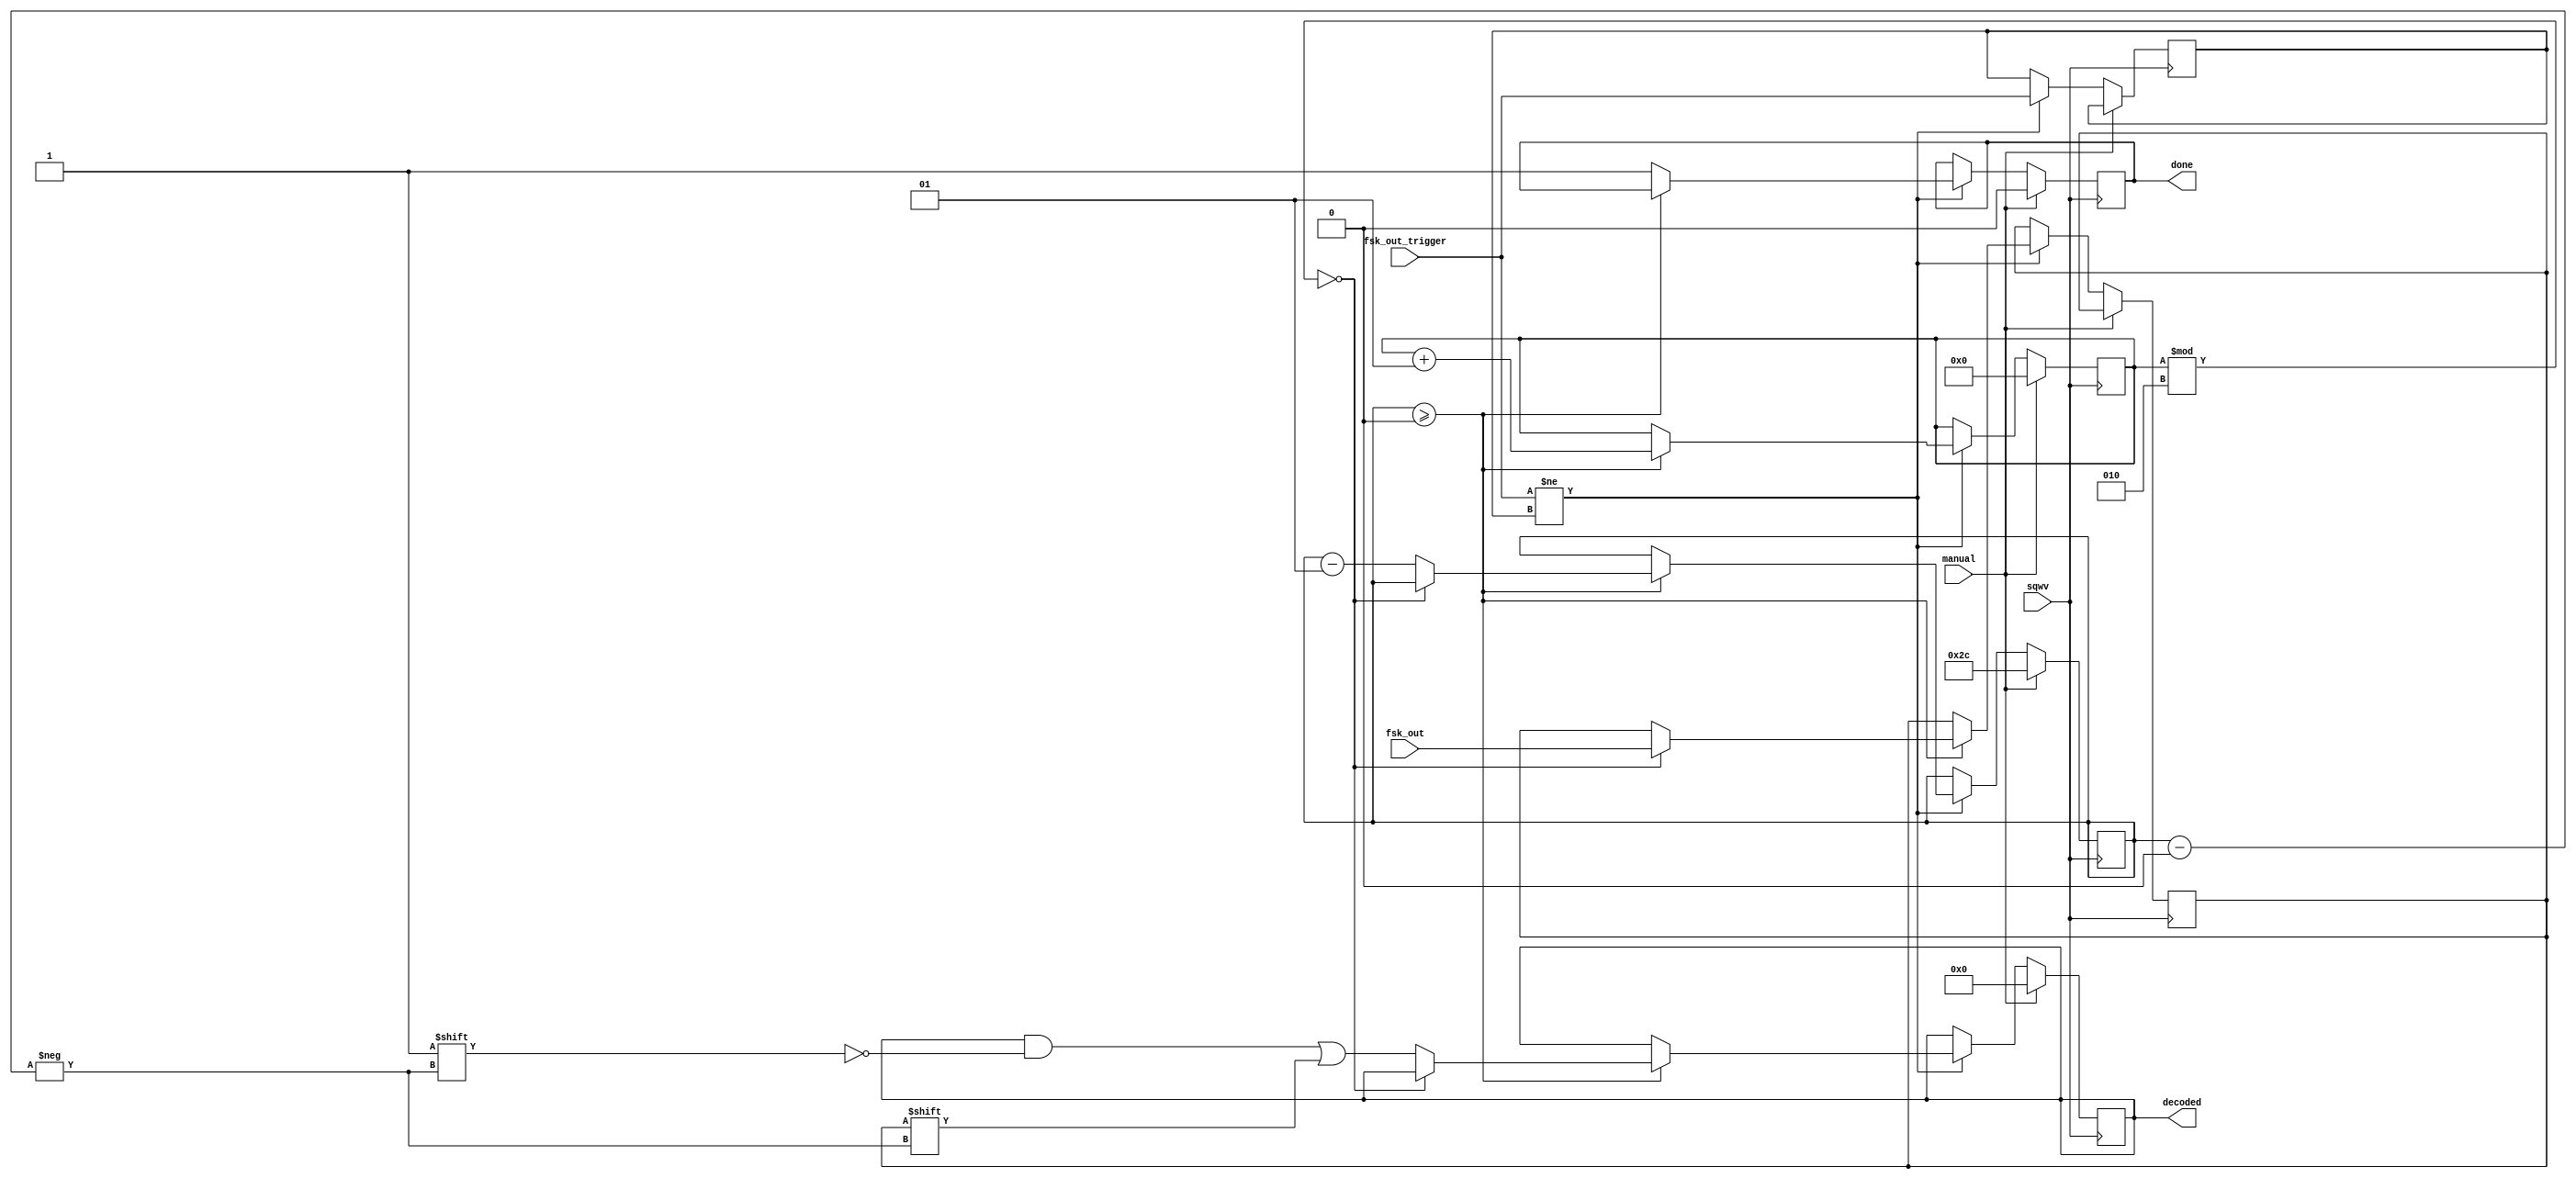
module mchester_decode(
	 input sqwv,
    input fsk_out_trigger,
    input fsk_out,
	 input manual,
    output reg [44:0] decoded,
	 output reg done
	 );

	reg prev_trig;
	integer bits_rcvd;
	integer bits_left;
	reg odd_bit, even_bit;
	
	initial begin
		bits_rcvd = 0;
		bits_left = 44;
		decoded = 0;
		done = 0;
	end
	
	always @(posedge sqwv) begin
		if (manual == 1) begin
			bits_rcvd <= 0;
			bits_left <= 44;
			decoded <= 0;
			done <= 0;
		end
		else if (fsk_out_trigger != prev_trig) begin
			if (bits_left >= 0) begin
				if (bits_rcvd % 2 == 0) begin
					even_bit <= fsk_out;
					end
				else begin
				/*
					odd_bit <= fsk_out;
					if (even_bit < odd_bit) decoded[bits_left] <= 0;
					else decoded[bits_left] <= 1; //or maybe else error?
					bits_left <= bits_left - 1;
					*/
					// no error correction
					decoded[bits_left] <= even_bit;
					bits_left <= bits_left - 1;
				end
				bits_rcvd <= bits_rcvd + 1;
			end
			else done <= 1;
			prev_trig <= fsk_out_trigger;
		end
	end

endmodule